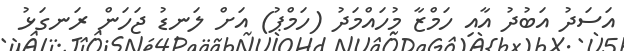
އަސަދު އަބުދު އާއި ހަމްޒާ މުހައްމަދު (ހަމްޕު) އަށް ލަނޑު ޖަހަން ރަނގަޅު